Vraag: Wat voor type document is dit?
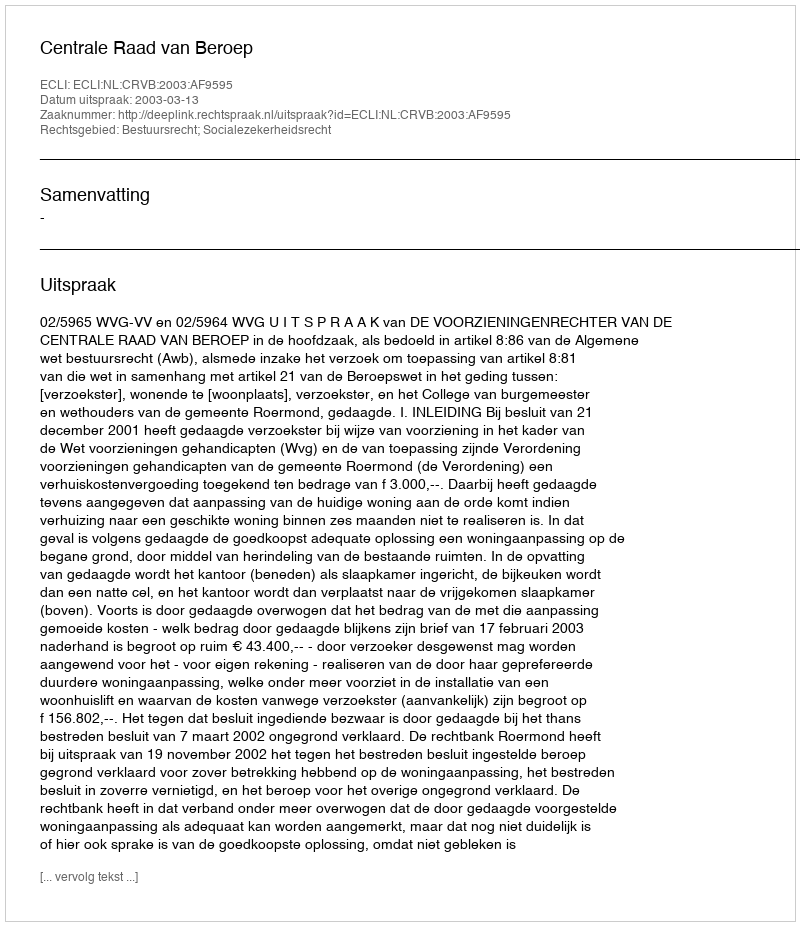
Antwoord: Uitspraak